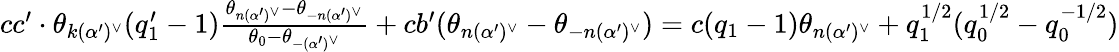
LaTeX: \begin{array}{r}{cc^{\prime}\cdot\theta_{k(\alpha^{\prime})^{\vee}}(q_{1}^{\prime}-1)\frac{\theta_{n(\alpha^{\prime})^{\vee}}-\theta_{-n(\alpha^{\prime})^{\vee}}}{\theta_{0}-\theta_{-(\alpha^{\prime})^{\vee}}}+cb^{\prime}(\theta_{n(\alpha^{\prime})^{\vee}}-\theta_{-n(\alpha^{\prime})^{\vee}})=c(q_{1}-1)\theta_{n(\alpha^{\prime})^{\vee}}+q_{1}^{1/2}(q_{0}^{1/2}-q_{0}^{-1/2})}\end{array}